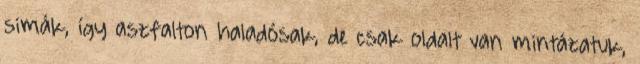
simák, így aszfalton haladósak, de csak oldalt van mintázatuk,